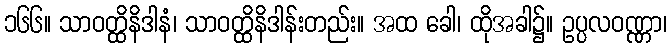
၁၆၆။ သာဝတ္ထိနိဒါနံ၊ သာဝတ္ထိနိဒါန်းတည်း။ အထ ခေါ၊ ထိုအခါ၌။ ဥပ္ပလဝဏ္ဏာ၊